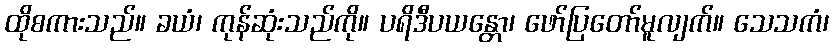
ထိုစကားသည်။ ခယံ၊ ကုန်ဆုံးသည်ကို။ ပရိဒီပယန္တော၊ ဖော်ပြတော်မူလျက်။ သေသကံ၊